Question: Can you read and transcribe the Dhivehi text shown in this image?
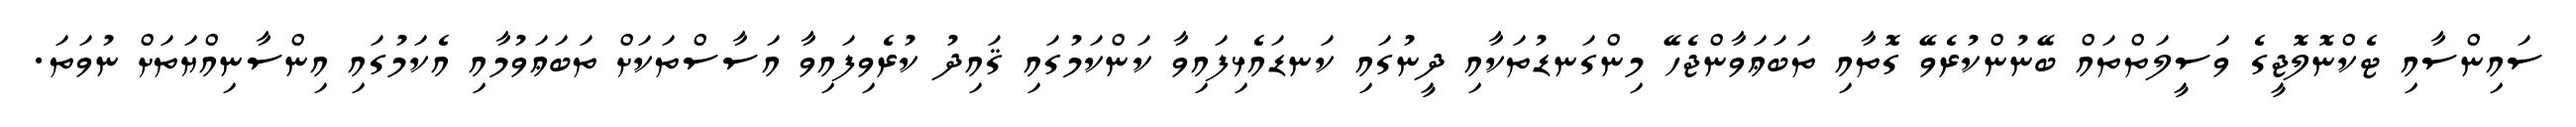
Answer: ސައިންސާއި ޓެކްނޮލޮޖީގެ ވަސީލަތްތައް ބޭނުންކުރެވޭ ގޮތާއި ތަބަޢަވާންޖެހޭ މިންގަނޑުތަކާއި ދީނުގައި ކަނޑައެޅިފައިވާ ކަންކަމުގައި ޤައިދު ކުރެވިފައިވާ އަސާސްތަކަށް ތަބަޢަވުމާއި އެކަމުގައި އިންސާނިއްޔަތަށް ނުވަތަ.